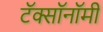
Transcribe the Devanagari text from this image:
टॅक्सॉनॉमी